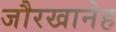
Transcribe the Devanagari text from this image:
जौरखानेह